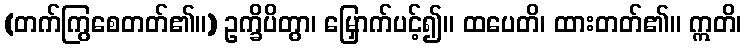
(တက်ကြွစေတတ်၏။) ဥက္ခိပိတွာ၊ မြှောက်ပင့်၍။ ထပေတိ၊ ထားတတ်၏။ ဣတိ၊